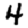
Digit: 4